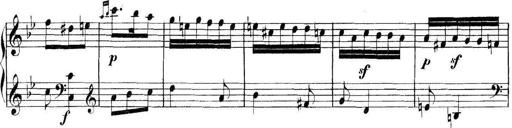
Title: Collected Piano Sonatas
Composer: Muzio Clementi